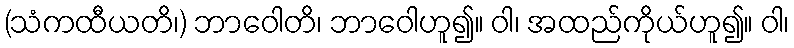
(သံကထီယတိ၊) ဘာဝေါတိ၊ ဘာဝေါဟူ၍။ ဝါ၊ အထည်ကိုယ်ဟူ၍။ ဝါ၊